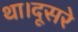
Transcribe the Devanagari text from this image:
था।दूसरे